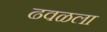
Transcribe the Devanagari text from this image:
ढवळला